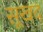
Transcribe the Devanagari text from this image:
सूखद